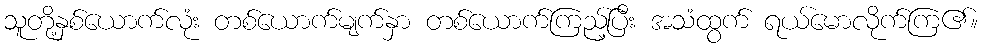
သူတို့နှစ်ယောက်လုံး တစ်ယောက်မျက်နှာ တစ်ယောက်ကြည့်ပြီး အသံထွက် ရယ်မောလိုက်ကြ၏။